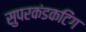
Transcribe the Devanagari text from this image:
सुपरकंडकटिंग